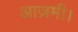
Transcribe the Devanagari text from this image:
आज़मी।